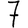
Digit: 7